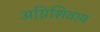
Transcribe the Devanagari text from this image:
अग्निशिवाय